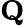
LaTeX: \textrm{\textbf{Q}}